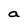
Character: a